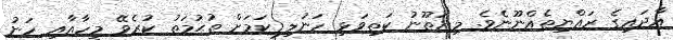
އާދައިގެ ރައްޔިތެއްނޫނެވެ. މިޔަތޫނު ކަތިވަޅި ހަނުލި ކަމަށް ތުޙުމަތު ކުރެވޭ މީހާއާއި ހަނު